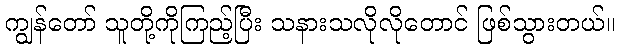
ကျွန်တော် သူတို့ကိုကြည့်ပြီး သနားသလိုလိုတောင် ဖြစ်သွားတယ်။